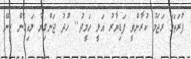
ފުރަތަމަ ރަޖަމު ކުރާންވީ ފަޑިޔާރު އަލީ ހަމީދު.. ހުދު ޖަންގިޔާ ލައިގެން ޒީނޭ